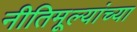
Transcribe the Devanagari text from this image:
नीतिमूल्यांच्या